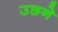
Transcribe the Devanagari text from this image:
उछने